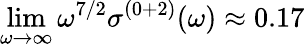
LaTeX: \operatorname*{lim}_{\omega\to\infty}\omega^{7/2}\sigma^{(0+2)}(\omega)\approx 0.17